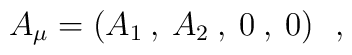
A_{\mu}=(A_{1}\:,\:A_{2}\:,\:0\:,\:0)~~,